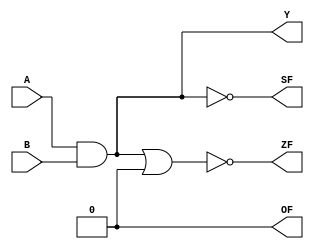
module and_64 #(parameter WIDTH = 1)(Y,A,B,OF,ZF,SF);

input [0:WIDTH - 1] A, B;
output [0:WIDTH - 1] Y;
wire [0:WIDTH] zf_calc_w;
output OF, ZF, SF;
assign OF = 0;

genvar i;

generate
	for (i = WIDTH - 1; i >= 0; i = i - 1) begin
		and and_i(Y[i],A[i],B[i]);
	end
endgenerate

generate
	for (i = WIDTH - 1; i >= 0; i = i - 1) begin
		or zf_i(zf_calc_w[i],Y[i],zf_calc_w[i + 1]);
	end
endgenerate

not sf_calc(SF,Y[0]); //Sign Flag
not zf_calc(ZF,zf_calc_w[0]); //Zero Flag

endmodule